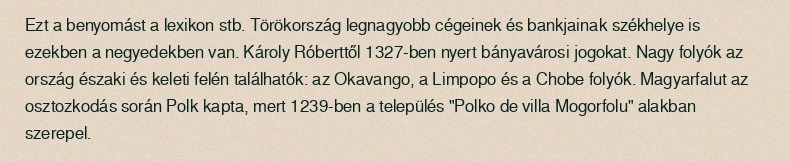
Ezt a benyomást a lexikon stb. Törökország legnagyobb cégeinek és bankjainak székhelye is ezekben a negyedekben van. Károly Róberttől 1327-ben nyert bányavárosi jogokat. Nagy folyók az ország északi és keleti felén találhatók: az Okavango, a Limpopo és a Chobe folyók. Magyarfalut az osztozkodás során Polk kapta, mert 1239-ben a település "Polko de villa Mogorfolu" alakban szerepel.